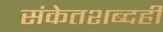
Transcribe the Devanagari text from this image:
संकेतशब्दही